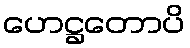
ဟေဋ္ဌတောပိ